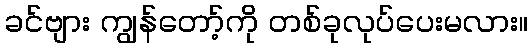
ခင်ဗျား ကျွန်တော့်ကို တစ်ခုလုပ်ပေးမလား။